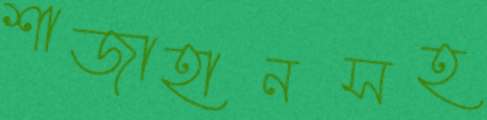
শাজাহানসহ